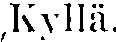
Kyllä.